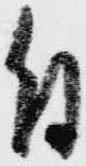
付